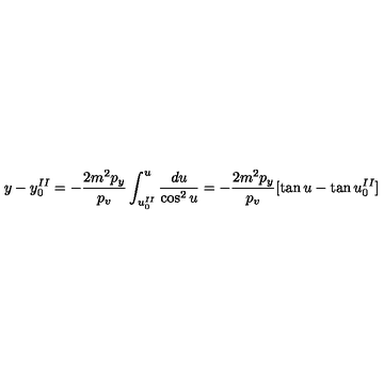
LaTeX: y - y _ { 0 } ^ { I I } = - \frac { 2 m ^ { 2 } p _ { y } } { p _ { v } } \int _ { u _ { 0 } ^ { I I } } ^ { u } \frac { d u } { \cos ^ { 2 } u } = - \frac { 2 m ^ { 2 } p _ { y } } { p _ { v } } [ \tan u - \tan u _ { 0 } ^ { I I } ]